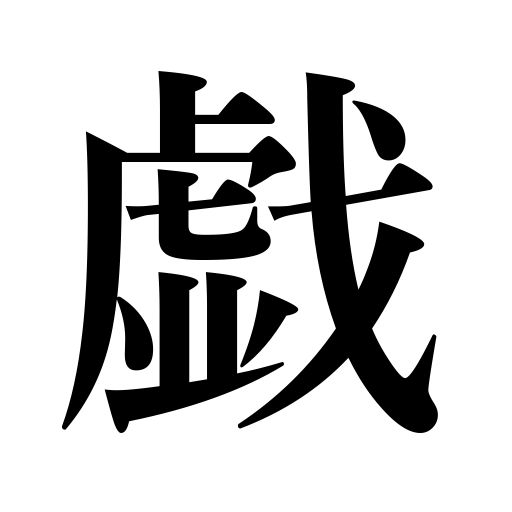
Meanings: frolic,sport,joke,play,flirt with